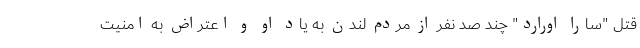
قتل "سارا اورارد" چند صد نفر از مردم لندن به یاد او و اعتراض به امنیت